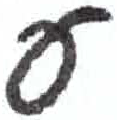
אות: ע